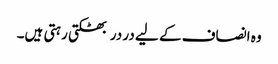
وہ انصاف کے لیے در در بھٹکتی رہتی ہیں۔